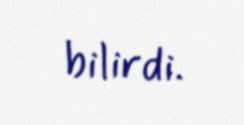
bilirdi.